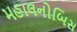
મહાલનોબિસ